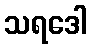
သရဒေါ